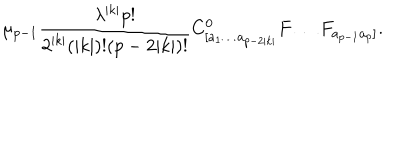
LaTeX: \mu _ { p - 1 } \frac { \lambda ^ { | k | } p ! } { 2 ^ { | k | } ( | k | ) ! ( p - 2 | k | ) ! } C _ { [ a _ { 1 } \ldots a _ { p - 2 | k | } } ^ { 0 } F \ldots F _ { a _ { p - 1 } a _ { p } ] } .